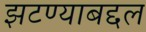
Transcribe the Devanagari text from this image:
झटण्याबद्दल